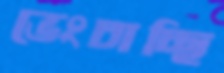
ভেংচাচ্ছি